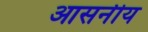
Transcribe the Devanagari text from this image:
आसनीय